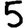
Digit: 5